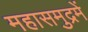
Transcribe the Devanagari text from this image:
महासमुद्रमें